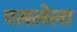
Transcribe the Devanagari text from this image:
पसलेला